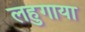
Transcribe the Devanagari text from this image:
लहुगाया